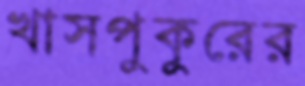
খাসপুকুরের